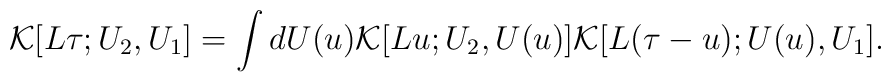
{\cal K}[L\tau;U_2,U_1]=\int dU(u){\cal K}[Lu;U_2,U(u)]{\cal K}[L(\tau-u);U(u),U_1].